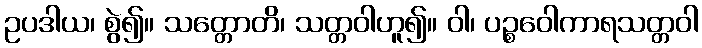
ဥပဒါယ၊ စွဲ၍။ သတ္တောတိ၊ သတ္တဝါဟူ၍။ ဝါ၊ ပဉ္စဝေါကာရသတ္တဝါ